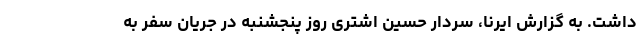
داشت. به گزارش ایرنا، سردار حسین اشتری روز پنجشنبه در جریان سفر به